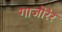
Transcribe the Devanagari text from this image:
गाजोरेर